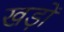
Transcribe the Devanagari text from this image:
खड़ों